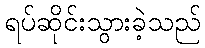
ရပ်ဆိုင်းသွားခဲ့သည်